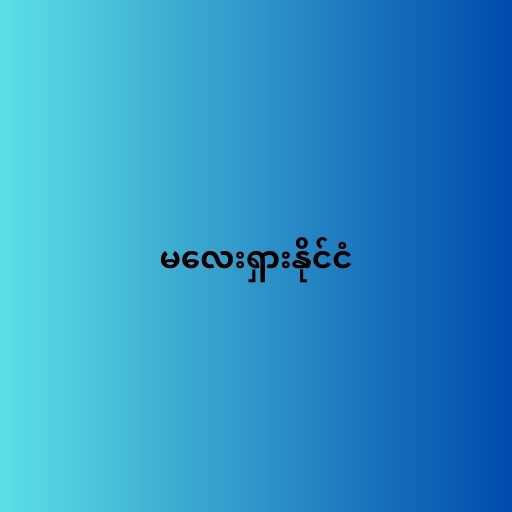
မလေးရှားနိုင်ငံ